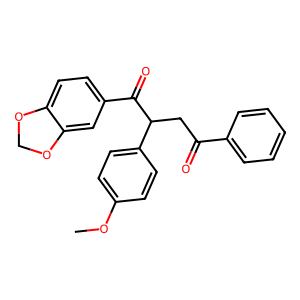
SMILES: COc1ccc(C(CC(=O)c2ccccc2)C(=O)c2ccc3c(c2)OCO3)cc1
Inhibits HIV replication: No